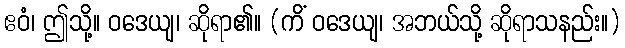
ဧဝံ၊ ဤသို့။ ဝဒေယျ၊ ဆိုရာ၏။ (ကိံ ဝဒေယျ၊ အဘယ်သို့ ဆိုရာသနည်း။)